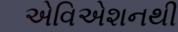
એવિએશનથી